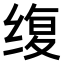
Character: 𫄭